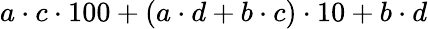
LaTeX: a\cdot c\cdot 100+(a\cdot d+b\cdot c)\cdot 10+b\cdot d